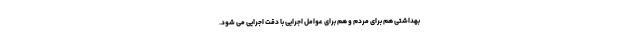
بهداشتی هم برای مردم و هم برای عوامل اجرایی با دقت اجرایی می شود.